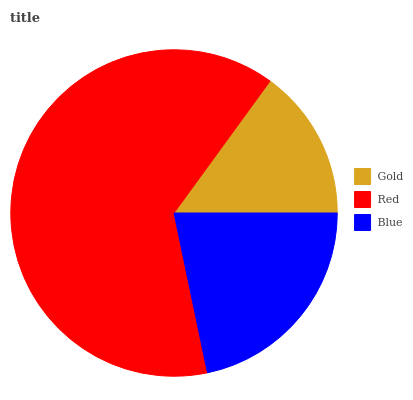
| Gold | Red | Blue |
 | --- | --- | --- |
 | 15% | 63.4% | 21.6% |